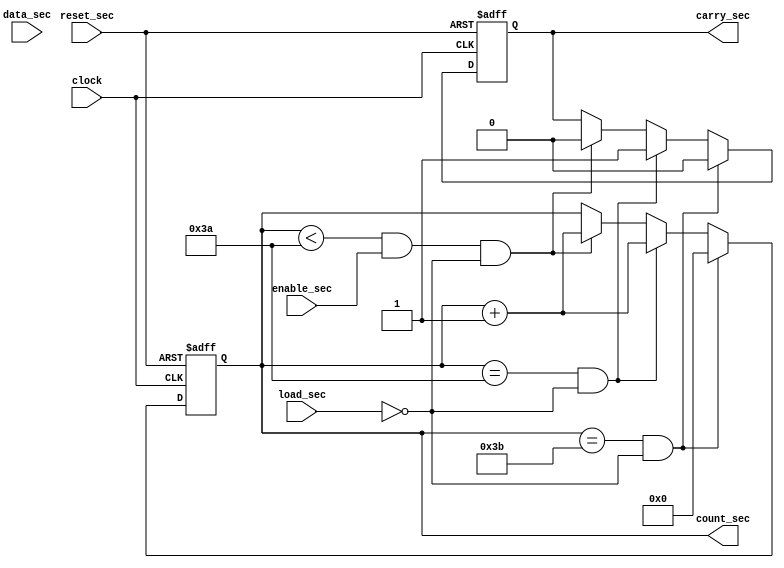
`timescale 1ns / 1ps
//////////////////////////////////////////////////////////////////////////////////
// Company: 
// Engineer: 
// 
// Design Name: 
// Module Name:    counter_sec_basic 
// Project Name: 
// Target Devices: 
// Tool versions: 
// Description: 
//
// Dependencies: 
//
// Revision: 
// Revision 0.01 - File Created
// Additional Comments: 
//
//////////////////////////////////////////////////////////////////////////////////

module counter_sec_basic(data_sec, load_sec, count_sec, enable_sec, reset_sec, clock, carry_sec);
 
    input load_sec, enable_sec, reset_sec, clock;
	 //input setting_sec;
    input [5:0] data_sec;
    output [5:0]count_sec;
    reg [5:0] count_sec;
	 //output [5:0]count_sec1;
	 //reg [5:0] count_sec1;
	 output carry_sec;
    reg  carry_sec;
	 //output carry_sec1;
    //reg  carry_sec1;
	 
     always @ (posedge clock or posedge reset_sec )
         begin
		     if (reset_sec)begin
		         count_sec<=6'b000000;
					carry_sec<=2'b0;
					end				
		     //else if (load_sec && setting_sec && count_sec<59 ) begin
			      //count_sec<=count_sec+1;	
					//end
			  //else if (load_sec && setting_sec && count_sec==59 ) begin
			      //count_sec<=6'b000000;	
					//end	
           else if (count_sec==59 && load_sec==0 ) begin
		         count_sec<=6'b000000;
					carry_sec<=2'b0;
					end	
			  else if (count_sec==58 && load_sec==0) begin	
               count_sec<=count_sec+1;	
					//carry_sec1<=2'b0;
					carry_sec<=2'b1;
					end			
			  //else if (count_sec==57 && load_sec==0) begin	
			      //count_sec<=count_sec+1;
               //carry_sec1<=2'b1;
					//end			
			  else if (count_sec<58 && enable_sec && load_sec==0) begin
		         count_sec<=count_sec+1;
					carry_sec<=2'b0;
			      end	
			end		
endmodule